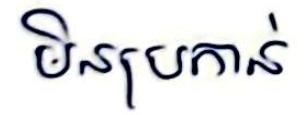
មិនប្រកាន់